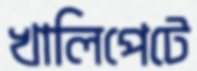
খালিপেটে